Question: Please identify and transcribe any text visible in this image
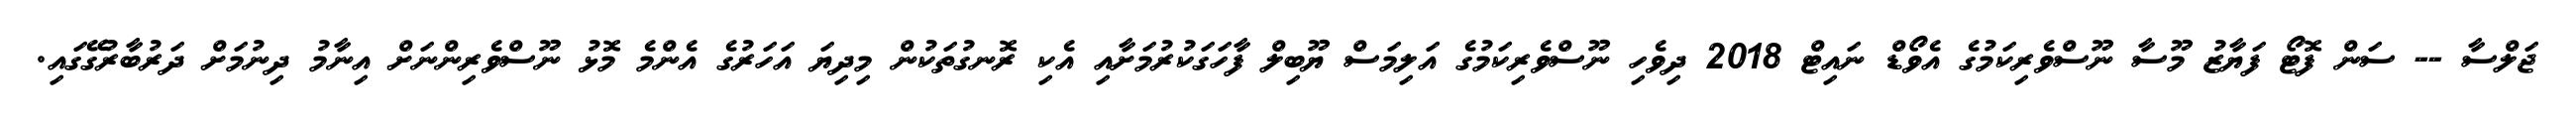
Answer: ޖަލްސާ -- ސަން ފޮޓޯ ފަޔާޒު މޫސާ ނޫސްވެރިކަމުގެ އެވޯޑް ނައިޓް 2018 ދިވެހި ނޫސްވެރިކަމުގެ އަލިމަސް ޔޫބިލް ފާހަގަކުރުމަށާއި އެކި ރޮނގުތަކުން މިދިޔަ އަހަރުގެ އެންމެ މޮޅު ނޫސްވެރިންނަށް އިނާމު ދިނުމަށް ދަރުބާރުގޭގައި.